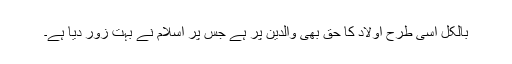
بالکل اسی طرح اولاد کا حق بھی والدین پر ہے جس پر اسلام نے بہت زور دیا ہے۔